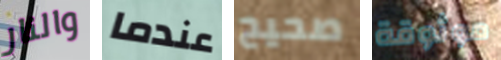
والنار عندما صحيح موثوقة